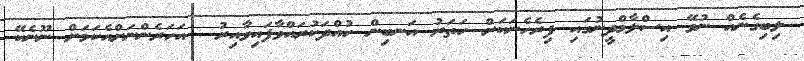
ލިބިގެނެއް ނުވޭ އިސްލާމްދީނުގައި ފިރެހެނަކަށް ހަތަރު އަނބިން ހުއްދަކުރައްވާފައިވާއިރު  އަހަރެންނަށްއެކަމަށް ނޫނެކޭ